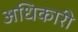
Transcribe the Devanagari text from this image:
अधिकारी